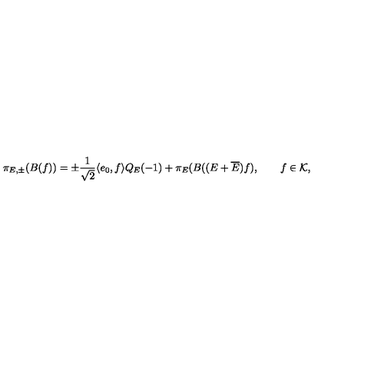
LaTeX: \pi _ { E , \pm } ( B ( f ) ) = \pm \frac { 1 } { \sqrt { 2 } } \langle e _ { 0 } , f \rangle Q _ { E } ( - 1 ) + \pi _ { E } ( B ( ( E + \overline { { E } } ) f ) , \qquad f \in { \cal K } ,